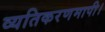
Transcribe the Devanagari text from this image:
व्यतिकरणमापी।